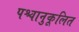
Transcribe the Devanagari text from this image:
पश्चानुकूलित